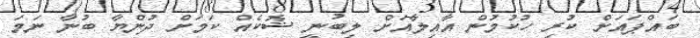
ބައްޕައަށް ކުރި ހުކުމުން އާއިލާއަށް ލިބުނީ ޝޮކެއް ކަމަށް ދުންޔާ ބުނާ ނަމަ